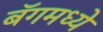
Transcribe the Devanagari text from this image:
बॅगमध्ये